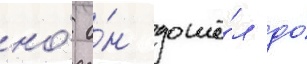
но́ о́н дошё́л до́